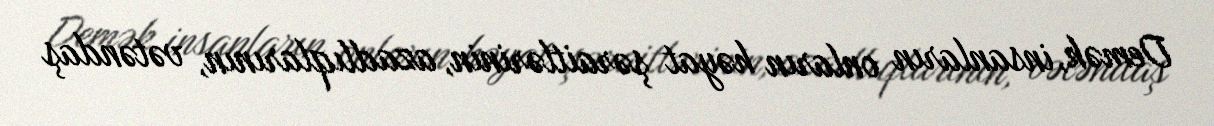
Demək, insanların onların həyat şəraitlərinin, azadlıqlarının, vətəndaş